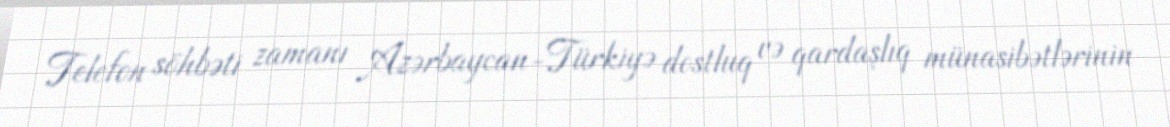
Telefon söhbəti zamanı Azərbaycan-Türkiyə dostluq və qardaşlıq münasibətlərinin